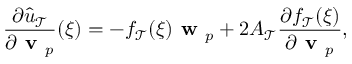
\frac { \partial \hat { u } _ { \mathcal { T } } } { \partial \textbf { v } _ { p } } ( \boldsymbol { \xi } ) = - f _ { \mathcal { T } } ( \boldsymbol { \xi } ) \textbf { w } _ { p } + 2 A _ { \mathcal { T } } \frac { \partial f _ { \mathcal { T } } ( \boldsymbol { \xi } ) } { \partial \textbf { v } _ { p } } ,